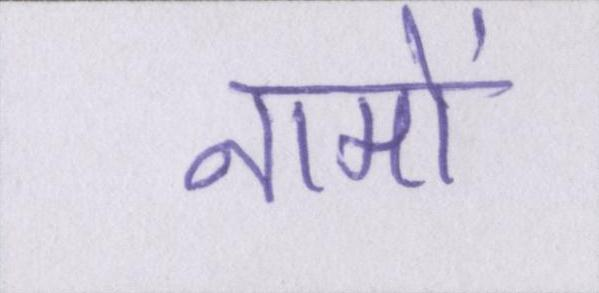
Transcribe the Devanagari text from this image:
नामों